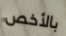
بالأخص